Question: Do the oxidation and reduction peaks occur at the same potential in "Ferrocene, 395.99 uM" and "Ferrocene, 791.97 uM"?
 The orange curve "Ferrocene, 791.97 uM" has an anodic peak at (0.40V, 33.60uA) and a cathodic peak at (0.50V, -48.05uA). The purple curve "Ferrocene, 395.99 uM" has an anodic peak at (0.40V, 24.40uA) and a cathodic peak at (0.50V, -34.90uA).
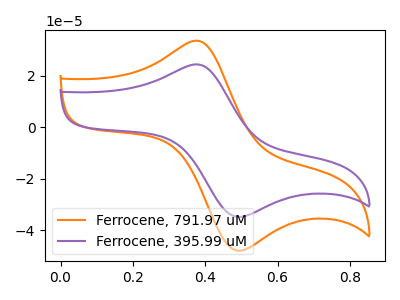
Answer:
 <answer>Yes, "Ferrocene, 395.99 uM" have a peak in "Ferrocene, 791.97 uM" at the same potential.</answer>
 <eval>match</eval>